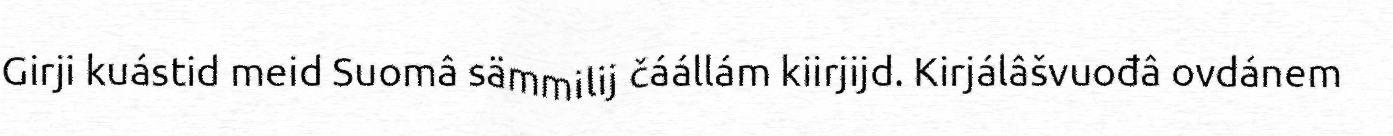
Girji kuástid meid Suomâ sämmilij čáállám kiirjijd. Kirjálâšvuođâ ovdánem